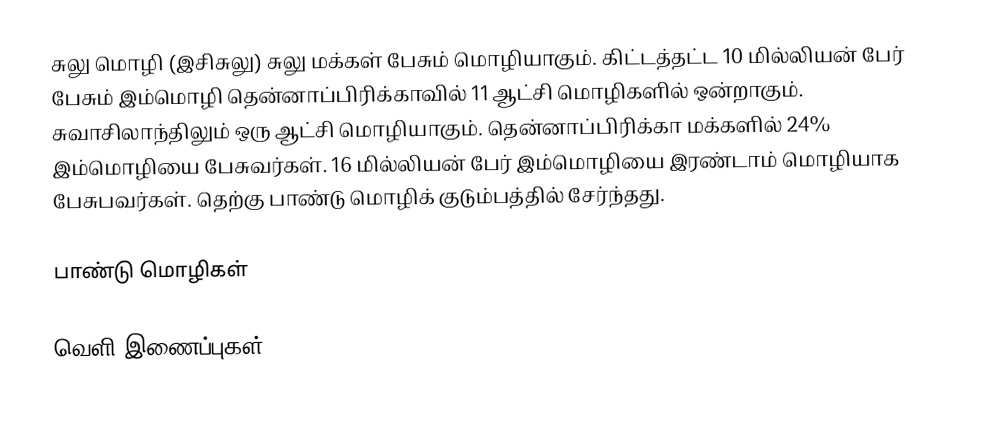
சுலு மொழி (இசிசுலு) சுலு மக்கள் பேசும் மொழியாகும். கிட்டத்தட்ட 10 மில்லியன் பேர் பேசும் இம்மொழி தென்னாப்பிரிக்காவில் 11 ஆட்சி மொழிகளில் ஒன்றாகும். சுவாசிலாந்திலும் ஒரு ஆட்சி மொழியாகும். தென்னாப்பிரிக்கா மக்களில் 24% இம்மொழியை பேசுவர்கள். 16 மில்லியன் பேர் இம்மொழியை இரண்டாம் மொழியாக பேசுபவர்கள். தெற்கு பாண்டு மொழிக் குடும்பத்தில் சேர்ந்தது.

பாண்டு மொழிகள்

வெளி இணைப்புகள்